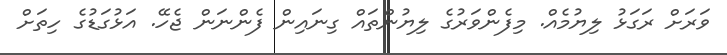
ވަރަށް ރަގަޅު ލިޔުމެއް. މިފެންވަރުގެ ލިޔުންތައް ގިނައިން ފެންނަން ޖެހޭ. އަޅުގަޑުގެ ހިތަށް